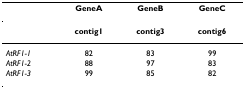
|  | GeneA | GeneB | GeneC |
 | --- | --- | --- | --- |
 |  | contig1 | contig3 | contig6 |
 | AtRF1-1 | 82 | 83 | 99 |
 | AtRF1-2 | 88 | 97 | 83 |
 | AtRF1-3 | 99 | 85 | 82 |